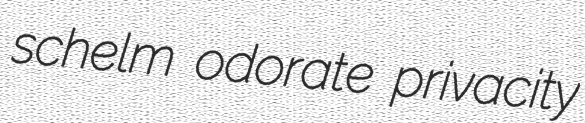
schelm odorate privacity